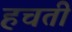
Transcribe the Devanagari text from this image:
हचती